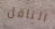
الناقل